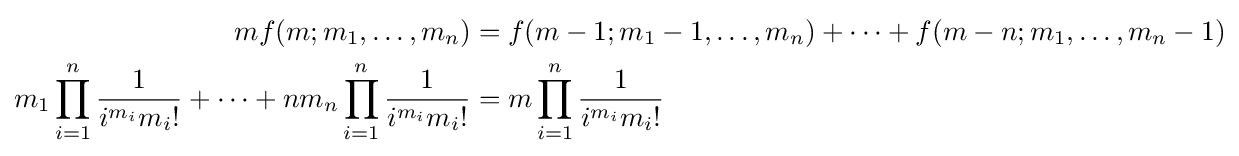
{\begin{aligned}mf(m;m_{1},\ldots ,m_{n})&=f(m-1;m_{1}-1,\ldots ,m_{n})+\cdots +f(m-n;m_{1},\ldots ,m_{n}-1)\\m_{1}\prod _{i=1}^{n}{\frac {1}{i^{m_{i}}m_{i}!}}+\cdots +nm_{n}\prod _{i=1}^{n}{\frac {1}{i^{m_{i}}m_{i}!}}&=m\prod _{i=1}^{n}{\frac {1}{i^{m_{i}}m_{i}!}}\end{aligned}}